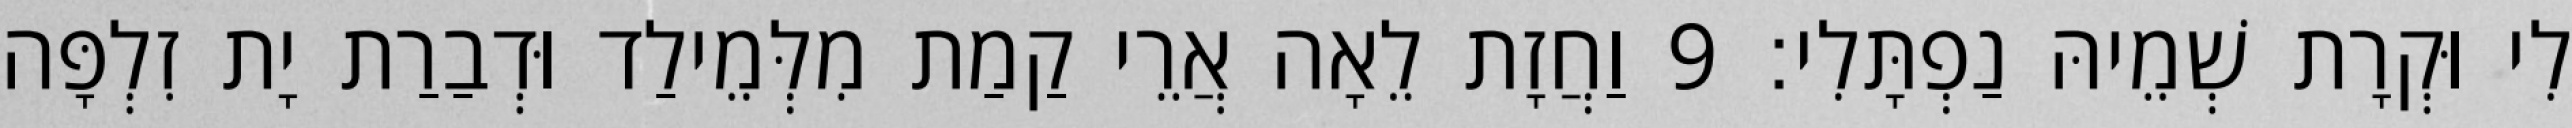
לִי וּקְרָת שְׁמֵיהּ נַפְתָּלִי׃ 9 וַחֲזָת לֵאָה אֲרֵי קַמַת מִלְּמֵילַד וּדְבַרַת יָת זִלְפָּה